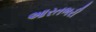
આરતભરી